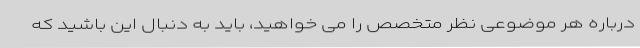
درباره هر موضوعی نظر متخصص را می خواهید، باید به دنبال این باشید که